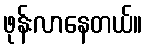
ဖုန်းလာနေတယ်။